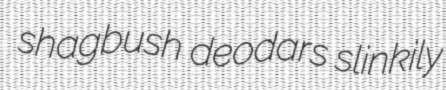
shagbush deodars slinkily